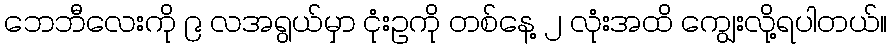
ဘေဘီလေးကို ၉ လအရွယ်မှာ ငုံးဥကို တစ်နေ့ ၂ လုံးအထိ ကျွေးလို့ရပါတယ်။